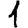
Digit: 1